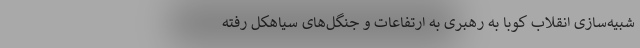
شبیه‌سازی انقلاب کوبا به رهبری به ارتفاعات و جنگل‌های سیاهکل رفته